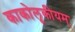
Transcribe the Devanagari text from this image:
काकोलूकीयम्